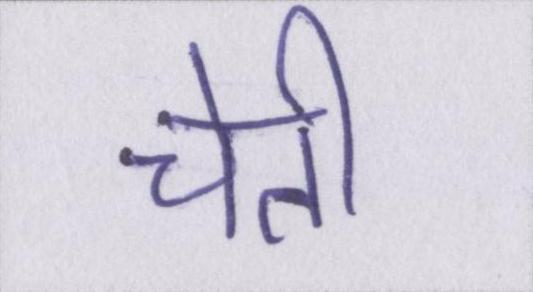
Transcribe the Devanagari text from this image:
चेती